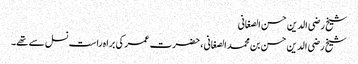
شیخ رضی الدین حسن الصغانی
شیخ رضی الدین حسن بن محمد الصغانی ، حضرت عمر کی براہ راست نسل سے تھے۔